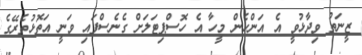
ޒީނަތު ވިދާޅުވީ އެ އަންހެން މީހާ އެ ހޮސްޕިޓަލަށް ގެނެސްފައި ވަނީ އަތޮޅުތެރޭގެ